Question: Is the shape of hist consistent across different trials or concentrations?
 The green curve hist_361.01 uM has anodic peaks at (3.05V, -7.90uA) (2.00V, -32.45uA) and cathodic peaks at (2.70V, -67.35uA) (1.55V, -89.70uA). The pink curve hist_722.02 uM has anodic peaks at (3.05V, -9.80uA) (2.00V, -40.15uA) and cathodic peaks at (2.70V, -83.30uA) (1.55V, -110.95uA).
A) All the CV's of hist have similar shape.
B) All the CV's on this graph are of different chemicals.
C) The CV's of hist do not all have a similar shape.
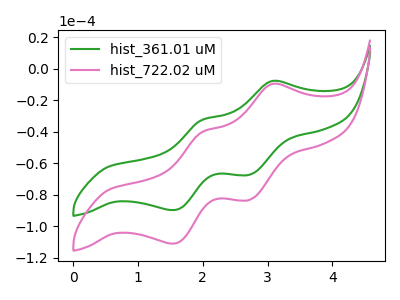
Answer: <think>All the peaks in "hist_361.01 uM" have a peak in "hist_722.02 uM" at the same potential.
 </think>
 <answer>A) All the CV's of "hist" have similar shape.</answer>
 <eval>A</eval>